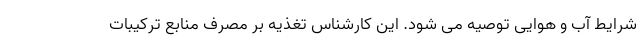
شرایط آب و هوایی توصیه می شود. این کارشناس تغذیه بر مصرف منابع ترکیبات